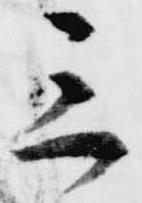
三